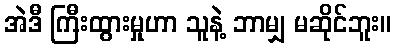
အဲဒီ ကြီးထွားမှုဟာ သူနဲ့ ဘာမျှ မဆိုင်ဘူး။